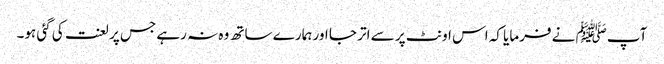
آپﷺ نے فرمایا کہ اس اونٹ پر سے اتر جا اور ہمارے ساتھ وہ نہ رہے جس پر لعنت کی گئی ہو۔